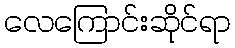
လေကြောင်းဆိုင်ရာ